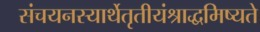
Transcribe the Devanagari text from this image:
संचयनस्यार्थेतृतीयंश्राद्धमिष्यते